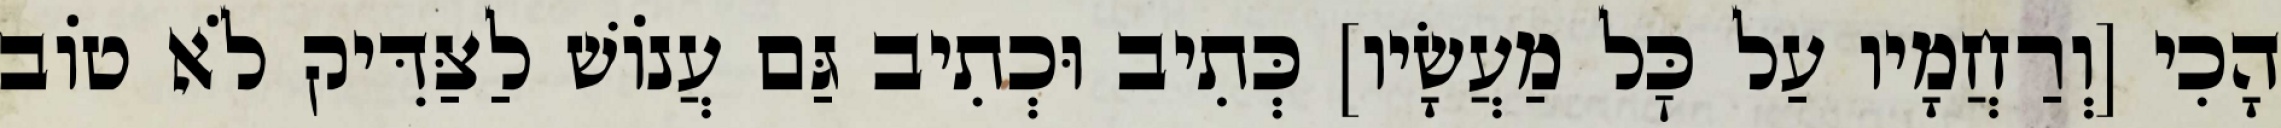
הָכִי [וְרַחֲמָיו עַל כׇּל מַעֲשָׂיו] כְּתִיב וּכְתִיב גַּם עֲנוֹשׁ לַצַּדִּיק לֹא טוֹב